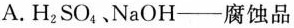
A.H_{2}SO_{4}、NaOH——腐蚀品